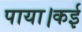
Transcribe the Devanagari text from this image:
पाया।कई